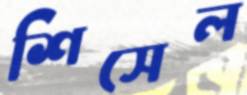
শিসেল